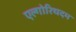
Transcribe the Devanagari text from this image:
एल्गोरिथदम